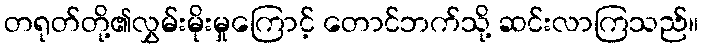
တရုတ်တို့၏လွှမ်းမိုးမှုကြောင့် တောင်ဘက်သို့ ဆင်းလာကြသည်။